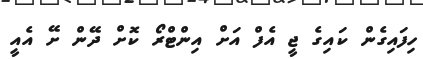
ހިފައިގެން ކައިގެ ޖީ އެފް އަށް އިންޓްރޯ ކޮށް ދޭން ށޭ އެއީ